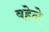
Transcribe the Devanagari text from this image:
बहेने